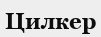
Цилкер